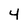
Character: 4